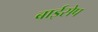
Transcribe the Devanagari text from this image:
बाईसेप